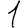
Digit: 1